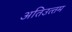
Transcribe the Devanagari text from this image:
अतिउत्‍तम